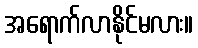
အရောက်လာနိုင်မလား။